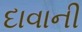
દાવાની